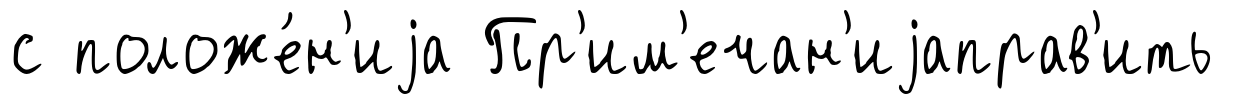
с положе́н'иjа Пр'им'ечан'иjаправ'ить